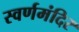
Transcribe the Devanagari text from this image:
स्वर्णमंदिर